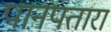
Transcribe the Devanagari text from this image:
पानपतारा